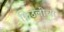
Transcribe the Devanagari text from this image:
फ्रिउलीचा